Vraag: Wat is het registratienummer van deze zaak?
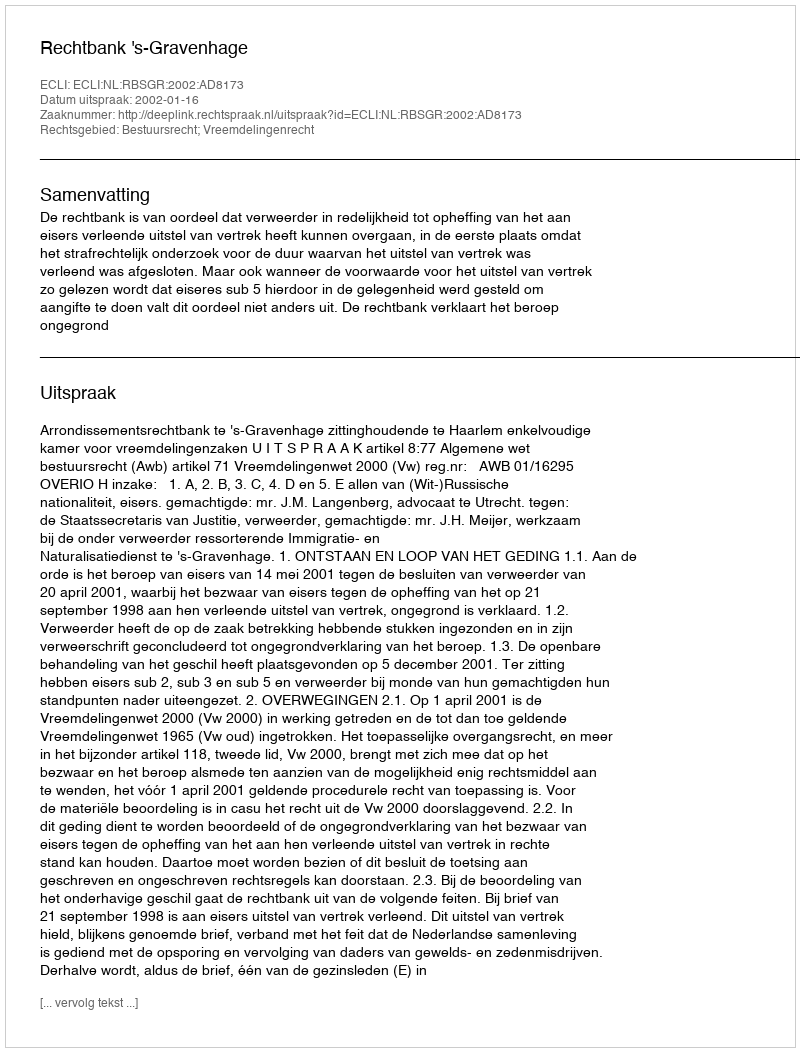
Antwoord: http://deeplink.rechtspraak.nl/uitspraak?id=ECLI:NL:RBSGR:2002:AD8173